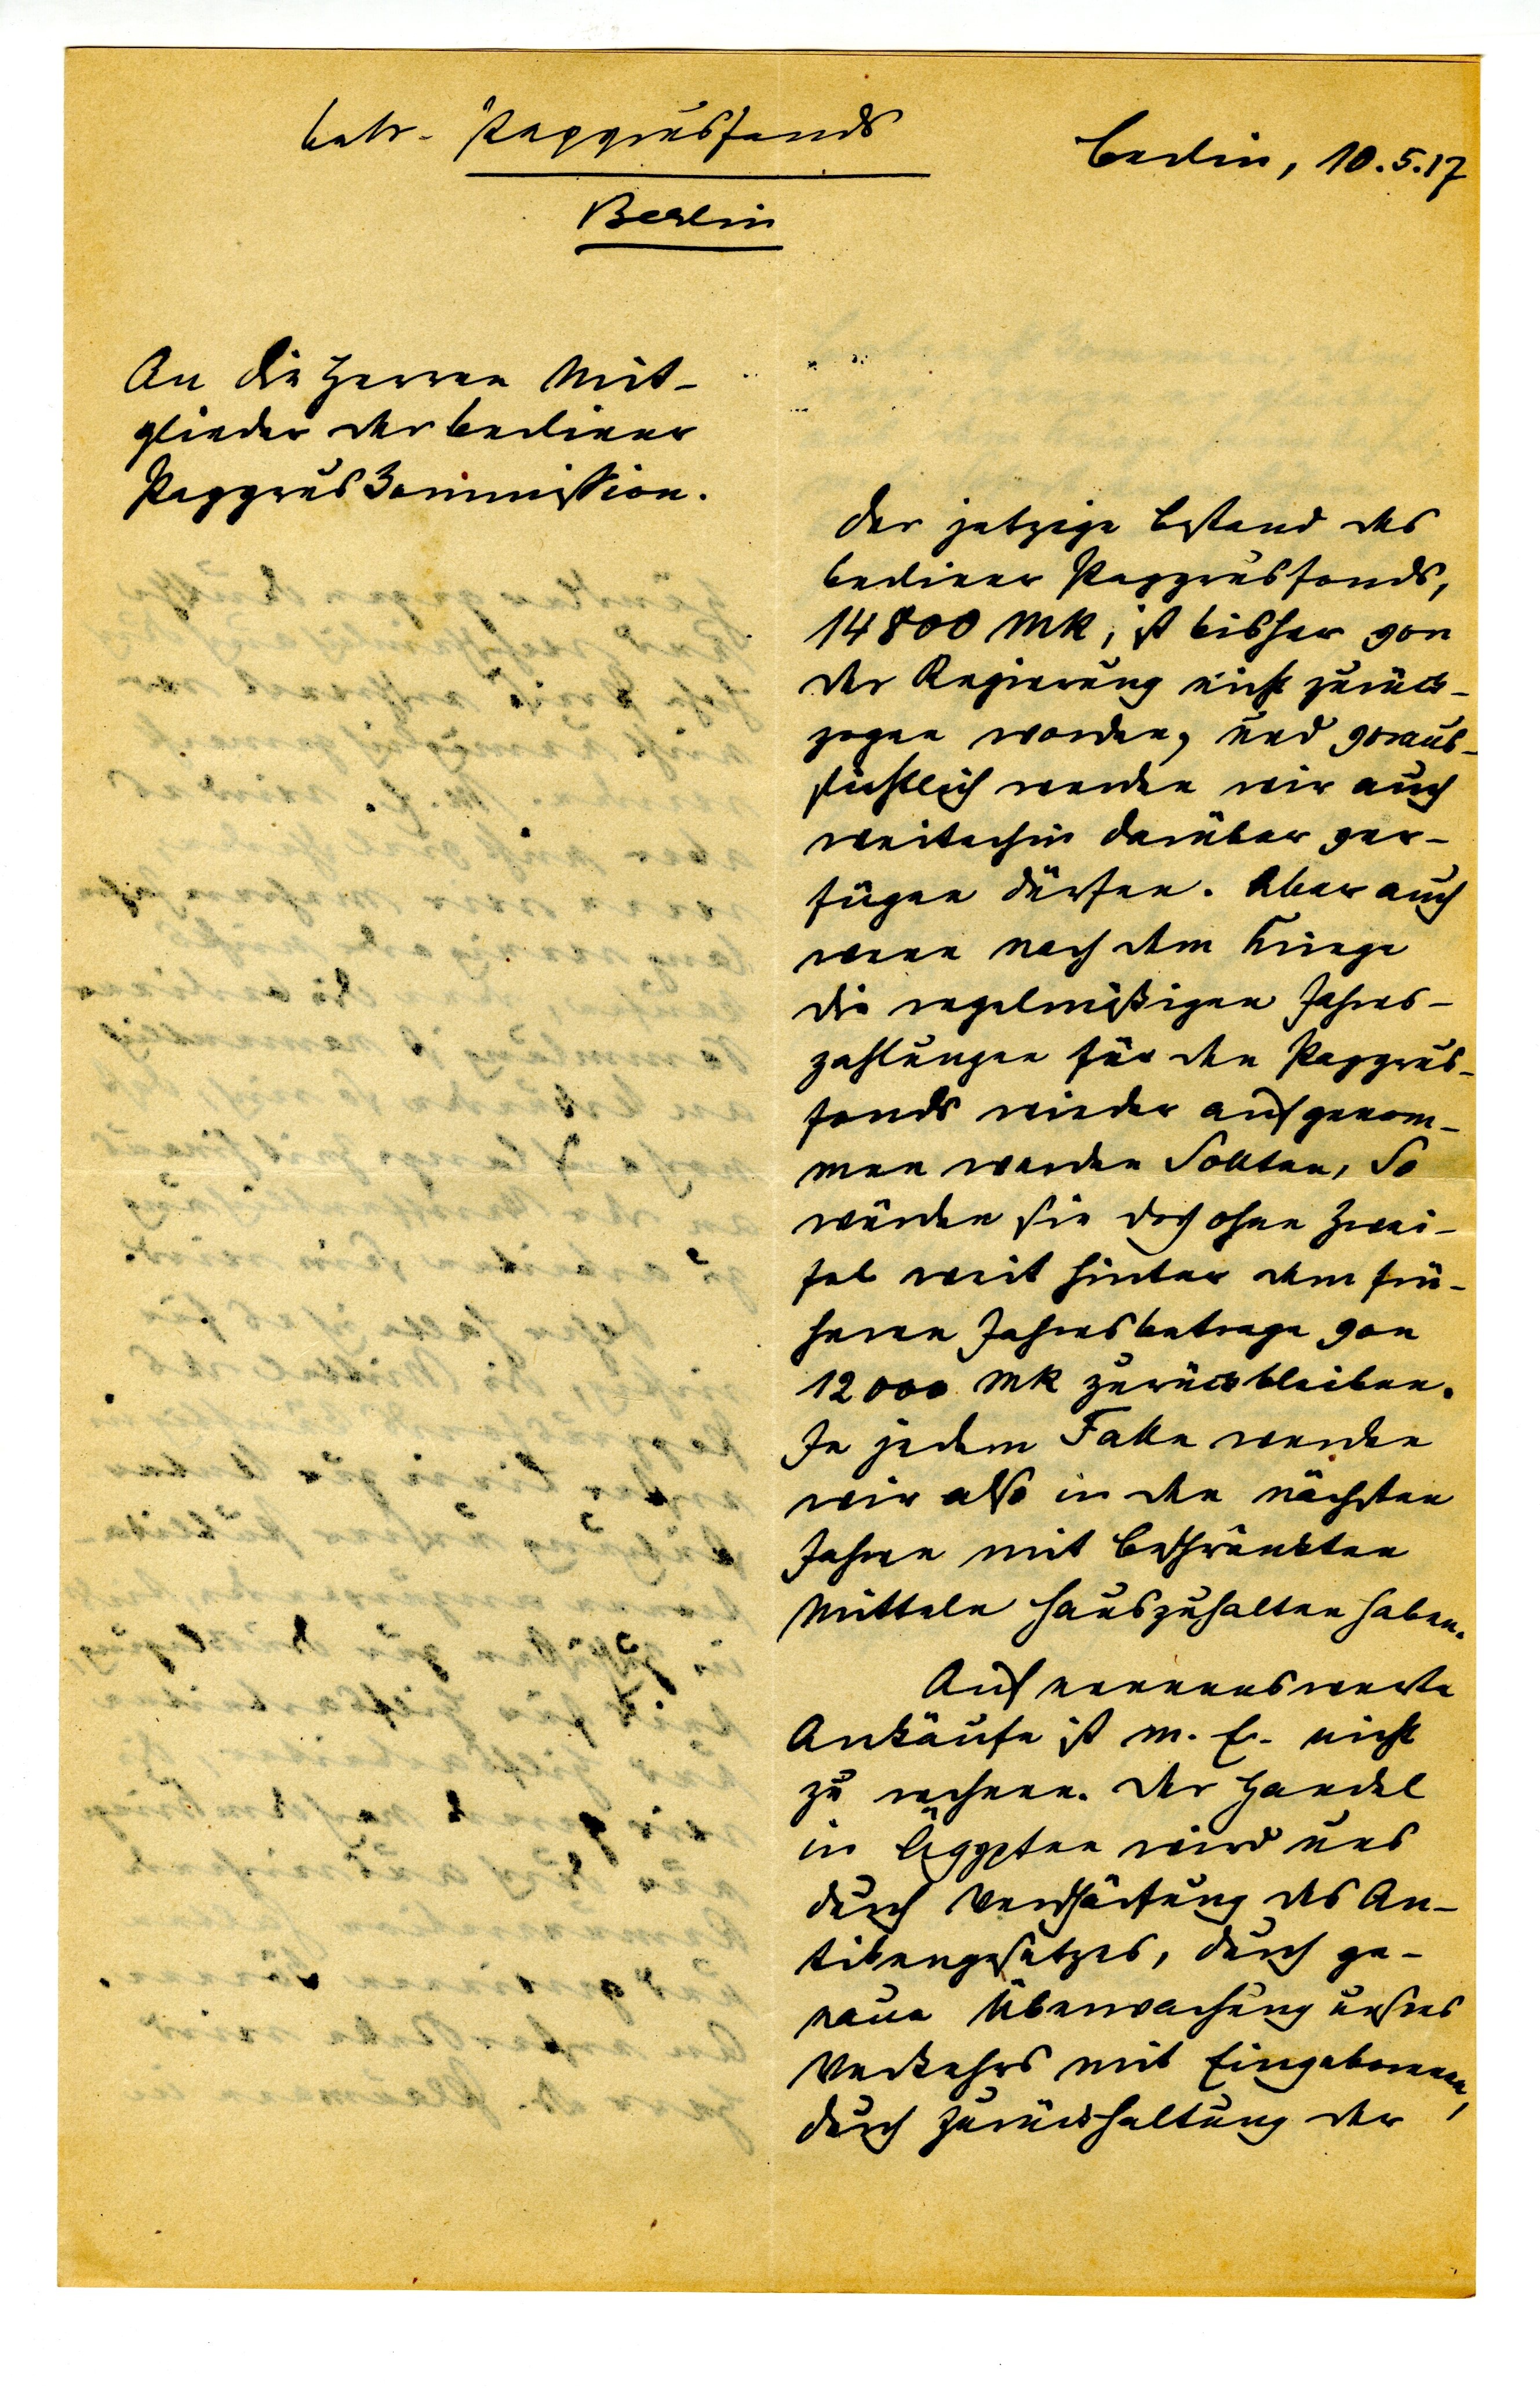
betr. Payprusfonds
Berlin, 10.5.17
Berlin
An die Herren Mit¬
glieder der berliner
Papyruskommission.
Der jetztige Bestand des
beriner Papyrusfonds,
14800 MK, ist bisher von
der Regierung nicht zurück¬
zogen worden, und voraus¬
sichtlich wenden wir auch
weiterhin darüber ver¬
fügen dürfen. Aber auch
wenn nach dem Kriege
die regelmäßigen Jahres¬
zahlungen für den Papyrus¬
fonds wieder aufgenom¬
men werden sollten, so
würden sie doch ohne Zwei¬
fel weit hinter dem frü¬
heren Jahresbetrage von
12000 Mk zurückbleiben.
In jedem Falle werden
wir also in den nächtsen
Jahren mit beschränkten
Mitteln hauszuhalten haben.
Auf nennenswerte
Ankäufe ist m. E. nicht
zu rechnen. Der Handel
in Ägypten wird uns
durch Verschärfung des An¬
tikengesetzes, durch ge¬
naue Überwachung unsers
Verkehrs mit Eingeborenen,
durch Zurückhaltung der